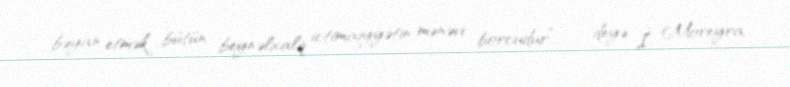
bəyan etmək bütün beynəlxalq ictimaiyyətin mənəvi borcudur”, - deyə İ. Moreyra